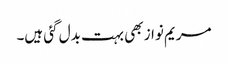
مریم نواز بھی بہت بدل گئی ہیں۔